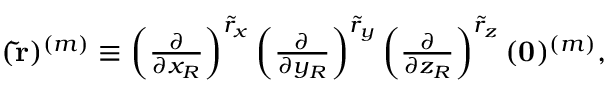
\begin{array} { r } { ( \mathbf { \tilde { r } } ) ^ { ( m ) } \equiv \left( \frac { \partial } { \partial x _ { R } } \right) ^ { \tilde { r } _ { x } } \left( \frac { \partial } { \partial y _ { R } } \right) ^ { \tilde { r } _ { y } } \left( \frac { \partial } { \partial z _ { R } } \right) ^ { \tilde { r } _ { z } } ( \mathbf { 0 } ) ^ { ( m ) } , } \end{array}